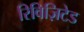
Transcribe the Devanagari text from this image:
रिविज़िटेड